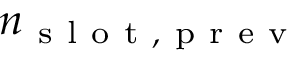
n _ { \mathrm { ~ s ~ l ~ o ~ t ~ , ~ p ~ r ~ e ~ v ~ } }